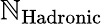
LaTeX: \mathbb{N}_{\mathrm{{Hadronic}}}